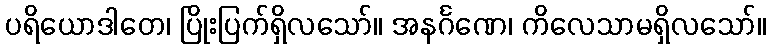
ပရိယောဒါတေ၊ ပြိုးပြက်ရှိလသော်။ အနင်္ဂဏေ၊ ကိလေသာမရှိလသော်။